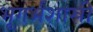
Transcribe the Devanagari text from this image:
भूगर्भशास्री